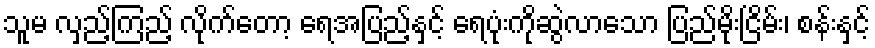
သူမ လှည့်ကြည့် လိုက်တော့ ရေအပြည့်နှင့် ရေပုံးကိုဆွဲလာသော ပြည်မိုးငြိမ်း၊ စန်းနှင့်